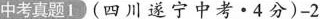
中考真题1(四川遂宁中考·4分)-2